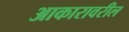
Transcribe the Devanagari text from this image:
आकारावरील